Lunatic asylums in Bengal annual reports 1899-1911 - 1899-1911
Year: 1899
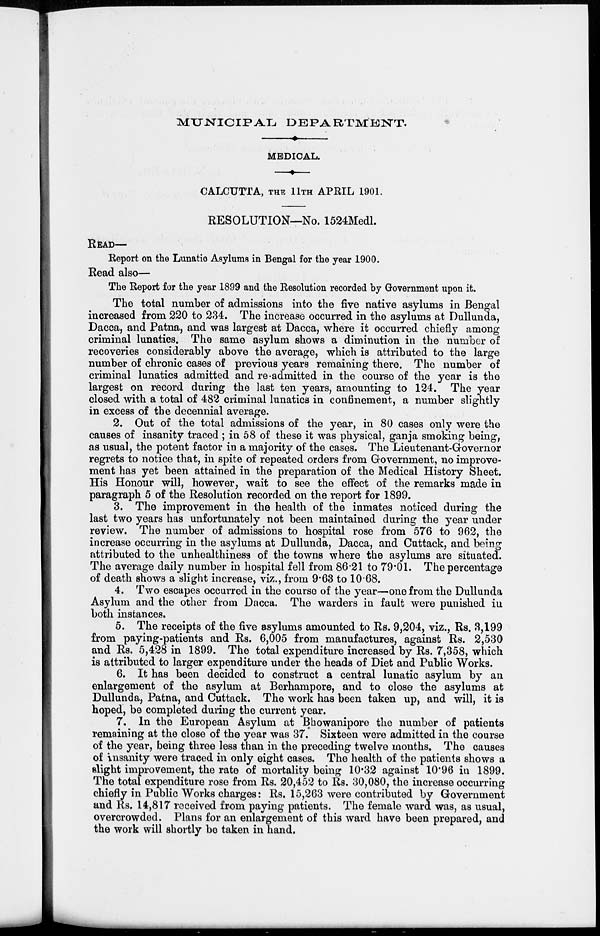
MUNICIPAL DEPARTMENT.
MEDICAL.
CALCUTTA, THE 11TH APRIL 1901.
RESOLUTION—No. 1524Medl.
READ—
Report on the Lunatic Asylums in Bengal for the year 1900.
Read also—
The Report for the year 1899 and the Resolution recorded by Government upon it.
The total number of admissions into the five native asylums in Bengal
increased from 220 to 234. The increase occurred in the asylums at Dullunda,
Dacca, and Patna, and was largest at Dacca, where it occurred chiefly among
criminal lunatics. The same asylum shows a diminution in the number of
recoveries considerably above the average, which is attributed to the large
number of chronic cases of previous years remaining there. The number of
criminal lunatics admitted and re-admitted in the course of the year is the
largest on record during the last ten years, amounting to 124. The year
closed with a total of 482 criminal lunatics in confinement, a number slightly
in excess of the decennial average.
2. Out of the total admissions of the year, in 80 cases only were the
causes of insanity traced ; in 58 of these it was physical, ganja smoking being,
as usual, the potent factor in a majority of the cases. The Lieutenant-Governor
regrets to notice that, in spite of repeated orders from Government, no improve-
ment has yet been attained in the preparation of the Medical History Sheet.
His Honour will, however, wait to see the effect of the remarks made in
paragraph 5 of the Resolution recorded on the report for 1899.
3. The improvement in the health of the inmates noticed during the
last two years has unfortunately not been maintained during the year under
review. The number of admissions to hospital rose from 576 to 962, the
increase occurring in the asylums at Dullunda, Dacca, and Cuttack, and being
attributed to the unhealthiness of the towns where the asylums are situated.
The average daily number in hospital fell from 86.21 to 79.01. The percentage
of death shows a slight increase, viz., from 9.63 to 10.68.
4. Two escapes occurred in the course of the year—one from the Dullunda
Asylum and the other from Dacca. The warders in fault were punished in
both instances.
5. The receipts of the five asylums amounted to Rs. 9,204, viz., Rs. 3,199
from paying-patients and Rs. 6,005 from manufactures, against Rs. 2,530
and Rs. 5,428 in 1899. The total expenditure increased by Rs. 7,358, which
is attributed to larger expenditure under the heads of Diet and Public Works.
6. It has been decided to construct a central lunatic asylum by an
enlargement of the asylum at Berhampore, and to close the asylums at
Dullunda, Patna, and Cuttack. The work has been taken up, and will, it is
hoped, be completed during the current year.
7. In the European Asylum at Bhowanipore the number of patients
remaining at the close of the year was 37. Sixteen were admitted in the course
of the year, being three less than in the preceding twelve months. The causes
of insanity were traced in only eight cases. The health of the patients shows a
slight improvement, the rate of mortality being 10.32 against 10.96 in 1899.
The total expenditure rose from Rs. 20,452 to Rs. 30,080, the increase occurring
chiefly in Public Works charges: Rs. 15,263 were contributed by Government
and Rs. 14,817 received from paying patients. The female ward was, as usual,
overcrowded. Plans for an enlargement of this ward have been prepared, and
the work will shortly be taken in hand.